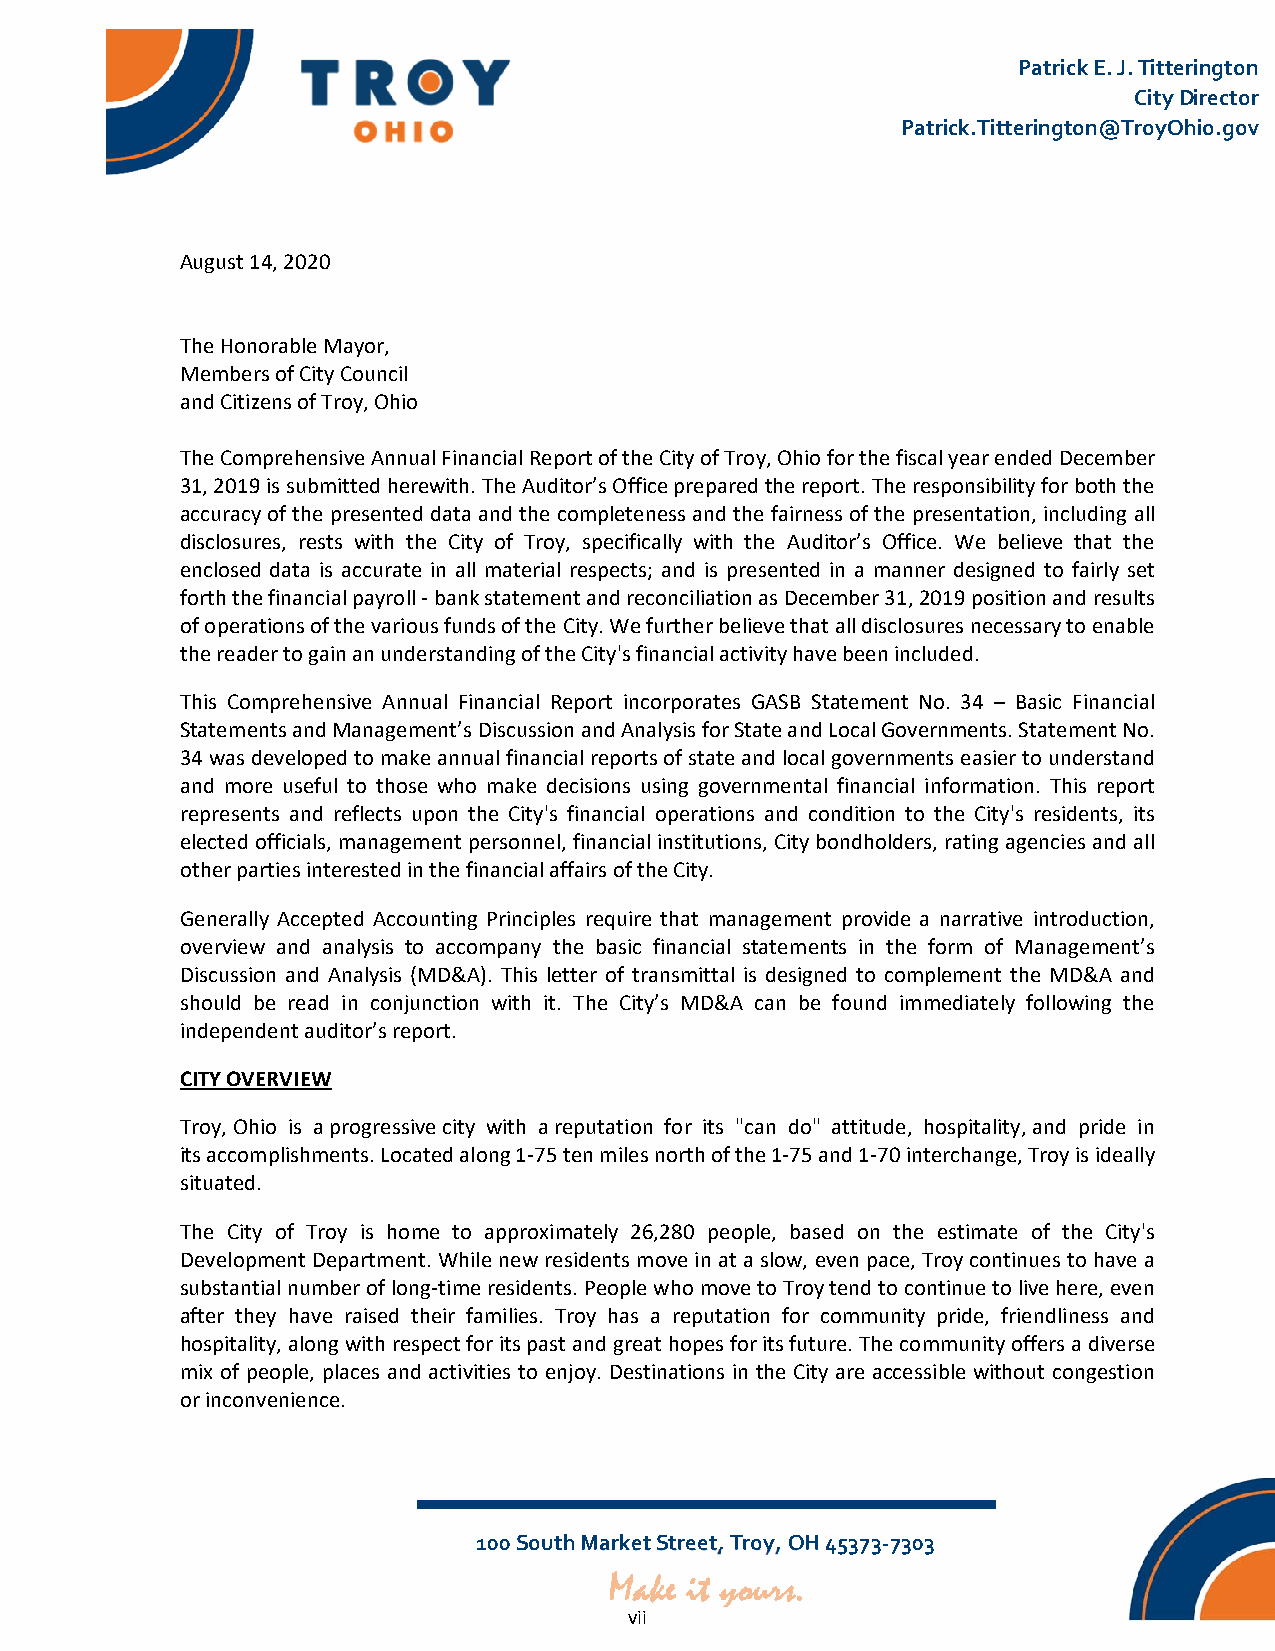
Patrick E. J. Titterington
 City Director
 Patrick.Titterington@TroyOhio.gov
 August 14, 2020
 The Honorable Mayor,
 Members of City Council
 and Citizens of Troy, Ohio
 The Comprehensive Annual Financial Report of the City of Troy, Ohio for the fiscal year ended December
 31, 2019 is submitted herewith. The Auditor’s Office prepared the report. The responsibility for both the
 accuracy of the presented data and the completeness and the fairness of the presentation, including all
 disclosures, rests with the City of Troy, specifically with the Auditor’s Office. We believe that the
 enclosed data is accurate in all material respects; and is presented in a manner designed to fairly set
 forth the financial payroll ‐ bank statement and reconciliation as December 31, 2019 position and results
 of operations of the various funds of the City. We further believe that all disclosures necessary to enable
 the reader to gain an understanding of the City's financial activity have been included.
 This Comprehensive Annual Financial Report incorporates GASB Statement No. 34 – Basic Financial
 Statements and Management’s Discussion and Analysis for State and Local Governments. Statement No.
 34 was developed to make annual financial reports of state and local governments easier to understand
 and more useful to those who make decisions using governmental financial information. This report
 represents and reflects upon the City's financial operations and condition to the City's residents, its
 elected officials, management personnel, financial institutions, City bondholders, rating agencies and all
 other parties interested in the financial affairs of the City.
 Generally Accepted Accounting Principles require that management provide a narrative introduction,
 overview and analysis to accompany the basic financial statements in the form of Management’s
 Discussion and Analysis (MD&A). This letter of transmittal is designed to complement the MD&A and
 should be read in conjunction with it. The City’s MD&A can be found immediately following the
 independent auditor’s report.
 CITY OVERVIEW
 Troy, Ohio is a progressive city with a reputation for its "can do" attitude, hospitality, and pride in
 its accomplishments. Located along 1‐75 ten miles north of the 1‐75 and 1‐70 interchange, Troy is ideally
 situated.
 The City of Troy is home to approximately 26,280 people, based on the estimate of the City's
 Development Department. While new residents move in at a slow, even pace, Troy continues to have a
 substantial number of long‐time residents. People who move to Troy tend to continue to live here, even
 after they have raised their families. Troy has a reputation for community pride, friendliness and
 hospitality, along with respect for its past and great hopes for its future. The community offers a diverse
 mix of people, places and activities to enjoy. Destinations in the City are accessible without congestion
 or inconvenience.
 100 South Market Street, Troy, OH 45373‐7303
 vii